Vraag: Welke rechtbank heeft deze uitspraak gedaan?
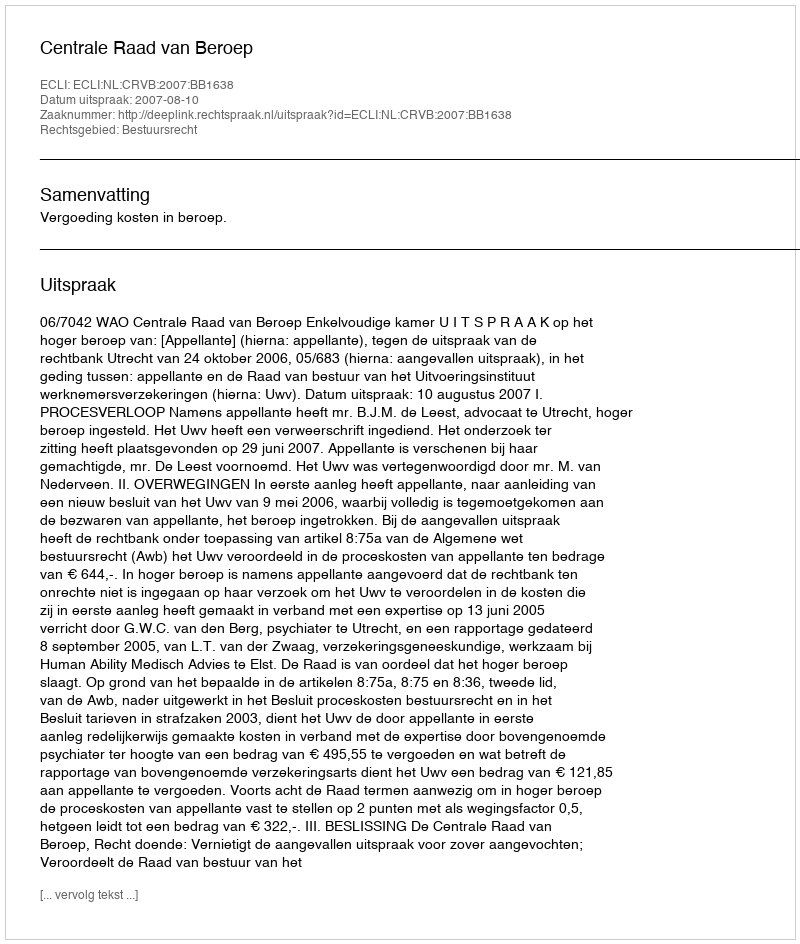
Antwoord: Centrale Raad van Beroep